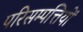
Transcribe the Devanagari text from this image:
परिसम्‍पत्तियों